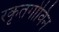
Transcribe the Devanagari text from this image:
रकृतगोविन